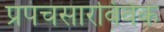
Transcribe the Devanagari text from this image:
प्रपंचसारविवेक